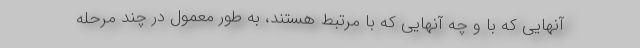
آنهایی که با و چه آنهایی که با مرتبط هستند، به طور معمول در چند مرحله